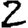
Digit: 2